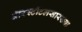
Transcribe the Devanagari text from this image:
ॲरिस्टॉटलसारख्या